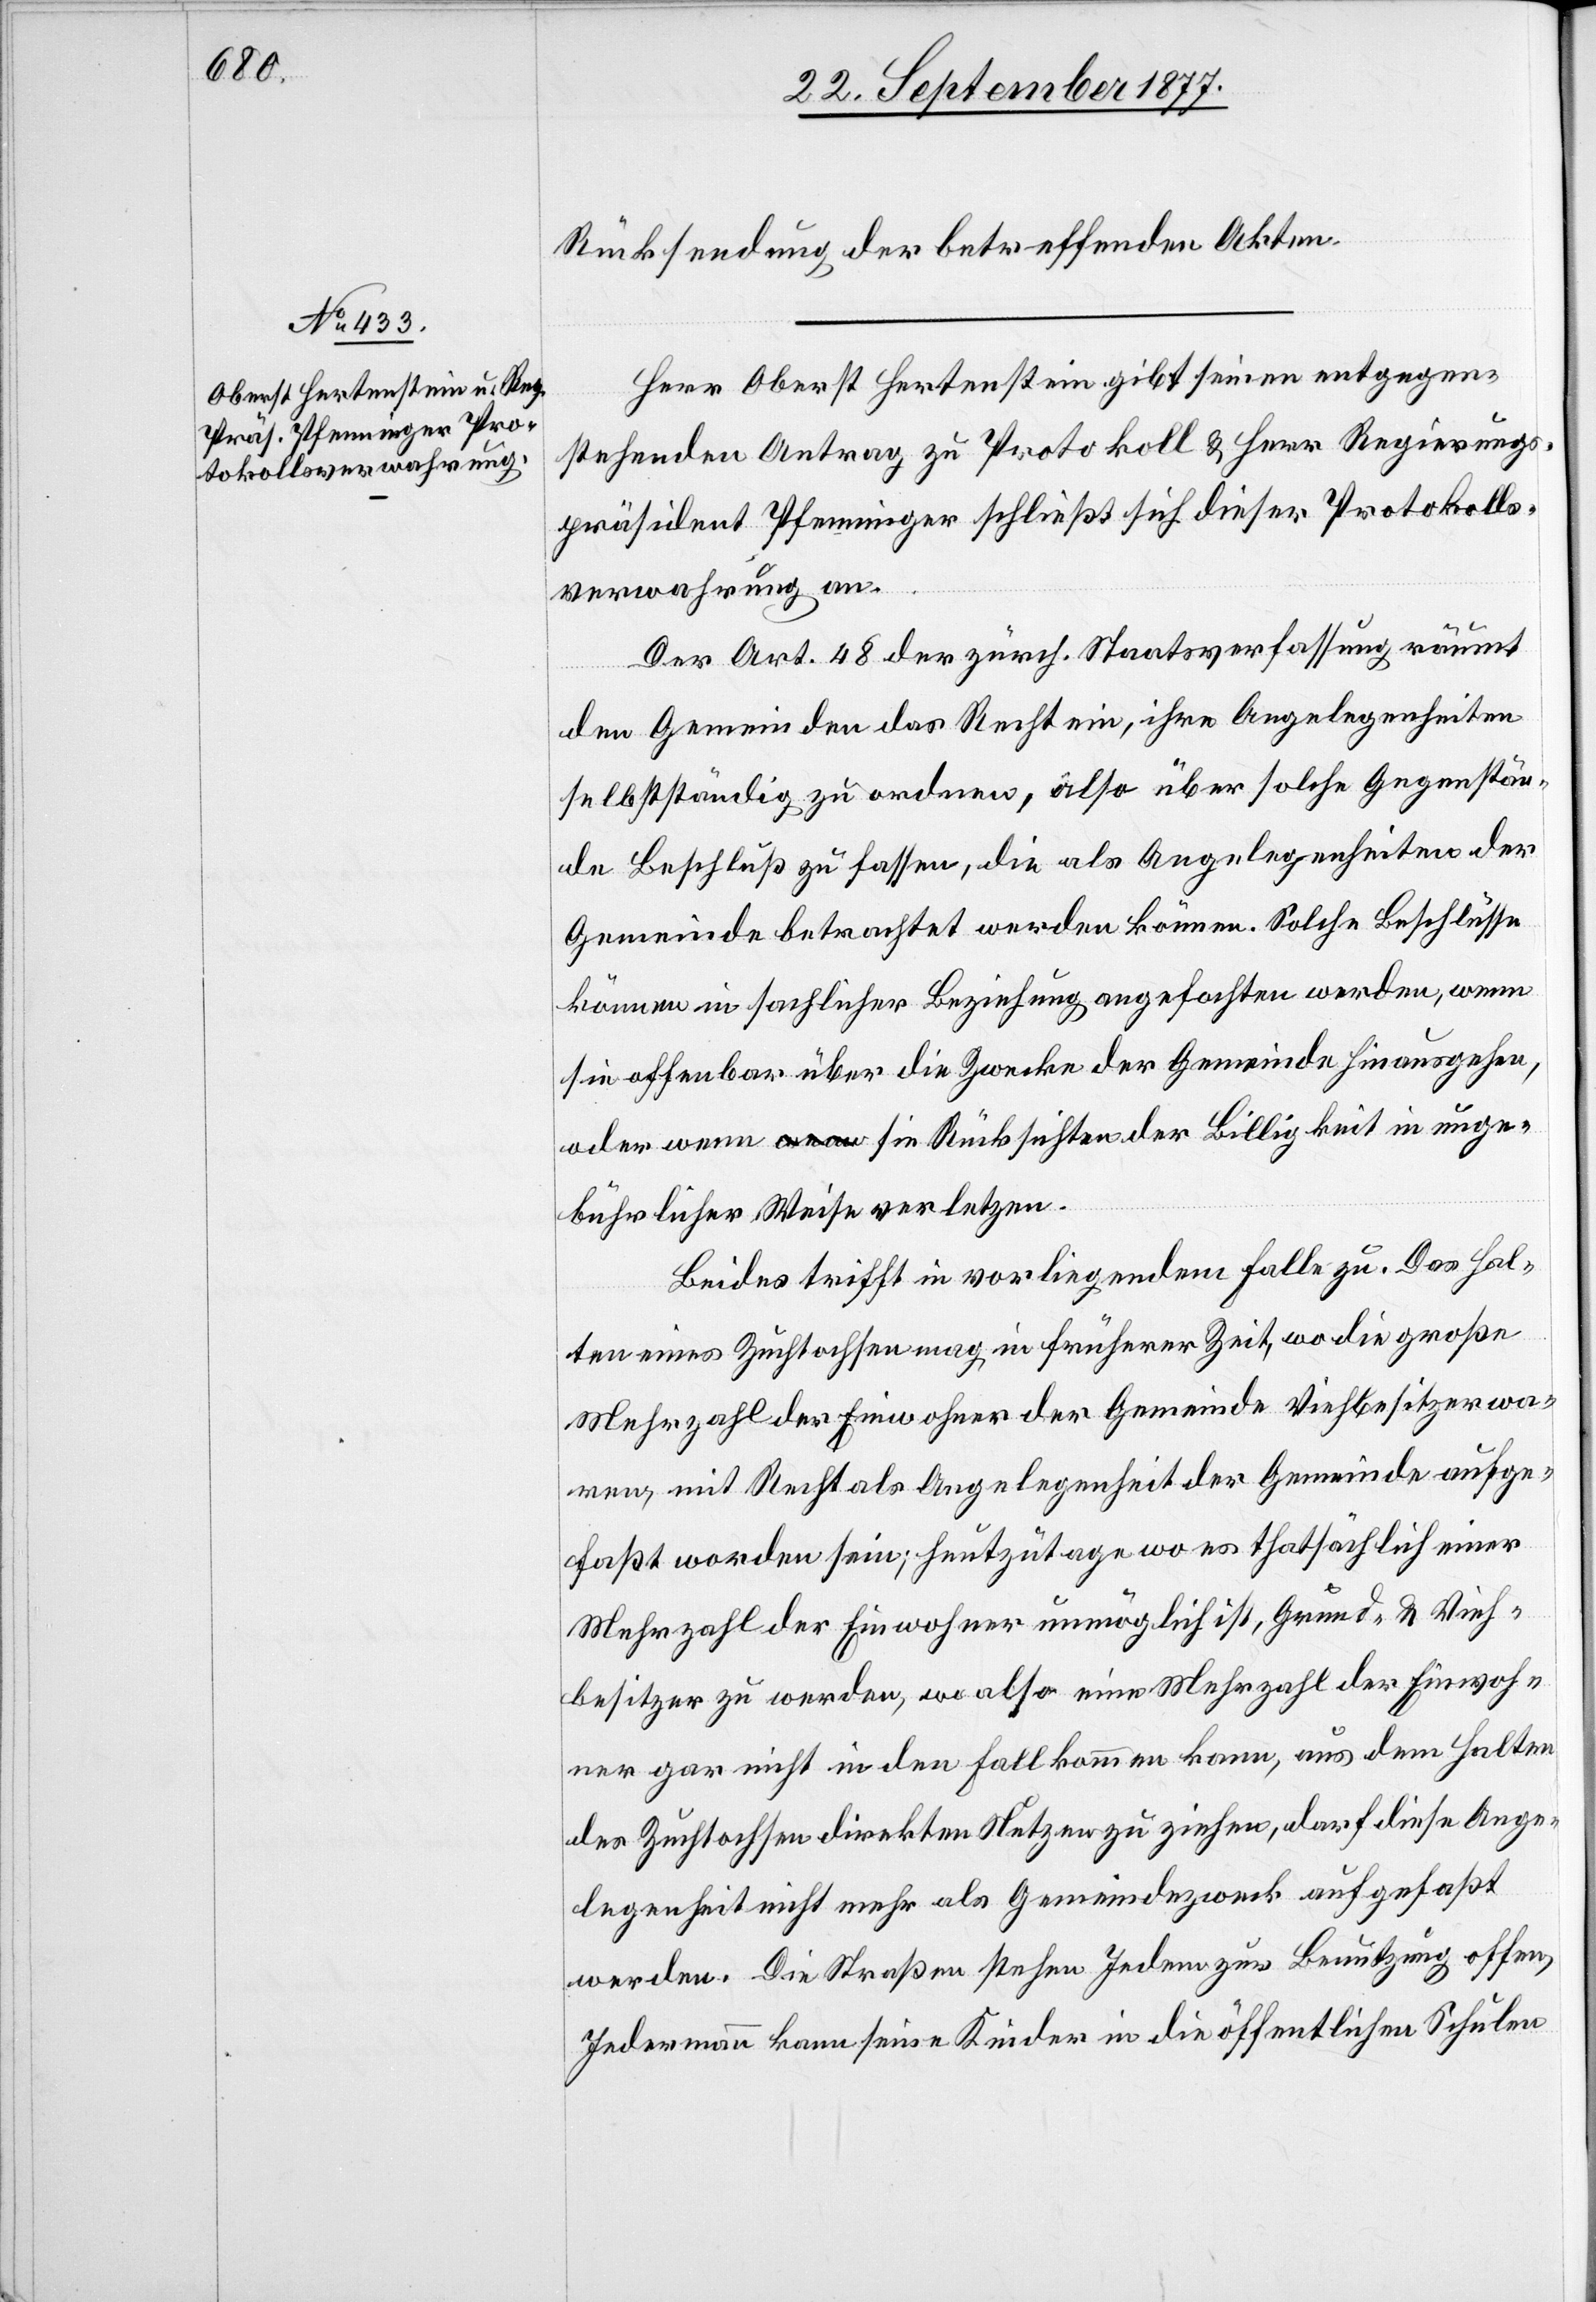
Rücksendung der betreffenden Akten.
Herr Oberst Hertenstein gibt seinen entgegen¬
stehenden Antrag zu Protokoll & Herr Regierungs¬
präsident Pfenninger schließt sich dieser Protokolls¬
verwahrung an.
Der Art. 48 der zürch. Staatsverfassung räumt
den Gemeinden das Recht ein, ihre Angelegenheiten
selbstständig zu ordnen, also über solche Gegenstän¬
de Beschluß zu fassen, die als Angelegenheiten der
Gemeinde betrachtet werden können. Solche Beschlüsse
können in sachlicher Beziehung angefochten werden, wenn
sie offenbar über die Zwecke der Gemeinde hinausgehen,
oder wenn a-wenn-a sie Rücksichten der Billigkeit in unge¬
bührlicher Weise verletzen.
Beides trifft in vorliegendem Falle zu. Das Hal¬
ten eines Zuchtochsen mag in früherer Zeit, wo die große
Mehrzahl der Einwohner der Gemeinde Viehbesitzer wa¬
ren, mit Recht als Angelegenheit der Gemeinde aufge¬
faßt worden sein; heutzutage wo es thatsächlich einer
Mehrzahl der Einwohner unmöglich ist, Grund- & Vieh¬
besitzer zu werden, wo also eine Mehrzahl der Einwoh¬
ner gar nicht in den Fall kommen kann, aus dem Halten
des Zuchtochsen direkten Nutzen zu ziehen, darf diese Ange¬
legenheit nicht mehr als Gemeindezweck aufgefaßt
werden. Die Straßen stehen Jedem zur Benutzung offen,
Jedermann kann seine Kinder in die öffentlichen Schulen